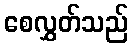
စေလွှတ်သည်